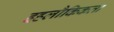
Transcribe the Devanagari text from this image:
इहलौकिकता